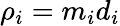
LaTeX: \rho_{i}=m_{i}d_{i}